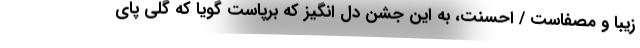
زیبا و مصفاست / احسنت، به این جشن دل انگیز که برپاست گویا که گلی پای